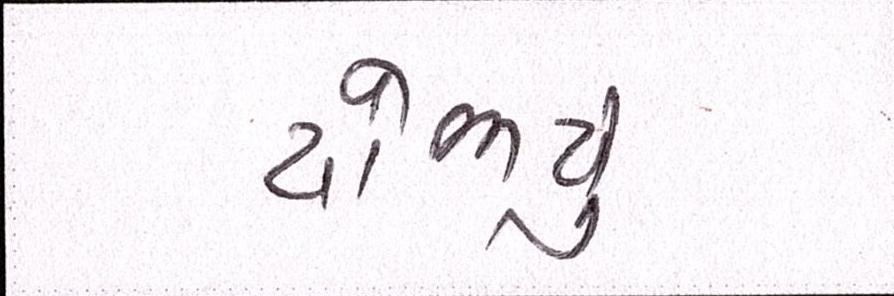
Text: યોજાયું